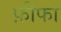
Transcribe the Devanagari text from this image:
फ़ीफा